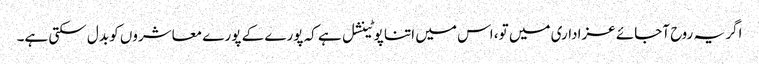
اگر یہ روح آجائے عزاداری میں تو، اس میں اتنا پوٹینشل ہے کہ پورے کے پورے معاشروں کو بدل سکتی ہے۔